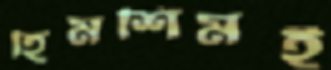
হিমশিমই